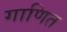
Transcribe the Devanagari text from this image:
गाणित